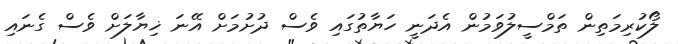
ލޯކުރިމަތިން ތަމްސީލުވަމުން އެދަނީ ހަޔާތުގައި ވެސް ދުށުމަށް އޭނަ ޚިޔާލަށް ވެސް ގެނައި